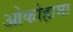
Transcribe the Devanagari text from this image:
ओकोहामा